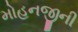
મોહનજીની